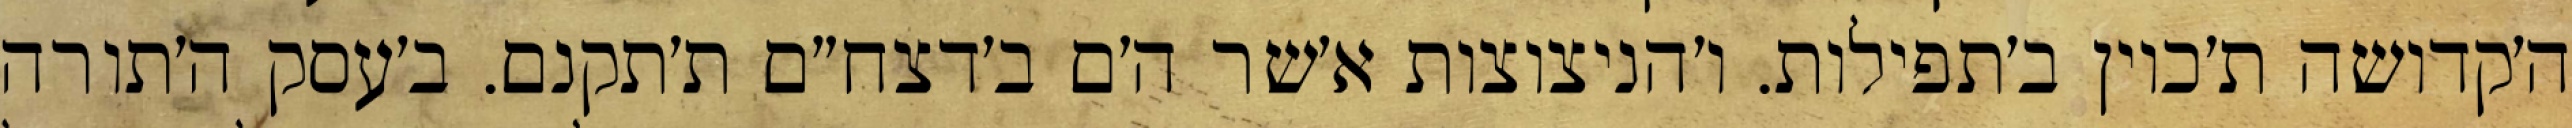
ה׳קדושה ת׳כוין ב׳תפילות. ו׳הניצוצות א׳שר ה׳ם ב׳דצח״ם ת׳תקנם. ב׳עסק ה׳תורה